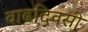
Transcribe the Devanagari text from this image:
वाढदिवसी